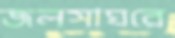
জলসাঘরে